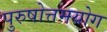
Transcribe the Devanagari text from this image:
पुरुषोत्तमयोग